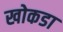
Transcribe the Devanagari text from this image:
खोकडा